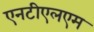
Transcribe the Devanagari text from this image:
एनटीएलएम